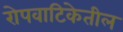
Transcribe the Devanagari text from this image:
रोपवाटिकेतील